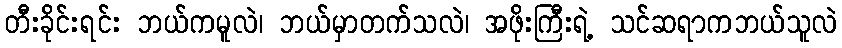
တီးခိုင်းရင်း ဘယ်ကမူလဲ၊ ဘယ်မှာတက်သလဲ၊ အဖိုးကြီးရဲ့ သင်ဆရာကဘယ်သူလဲ